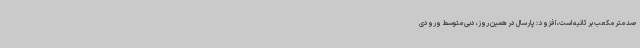
صد متر مکعب بر ثانیه است، افزود : پارسال در همین روز، دبی متوسط ورودی